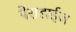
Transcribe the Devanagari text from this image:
पैराडाईज